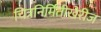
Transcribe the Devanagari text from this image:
चित्रनिर्मितीखेरीज